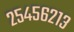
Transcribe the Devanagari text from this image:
२५४५६२१३